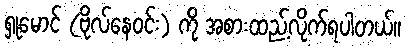
ရှုမောင် (ဗိုလ်နေဝင်း) ကို အစားထည့်လိုက်ရပါတယ်။